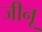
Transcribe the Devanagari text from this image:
जीनू